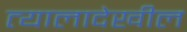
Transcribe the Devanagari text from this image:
त्यालादेखील